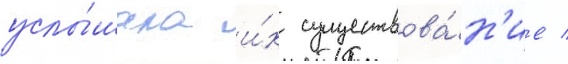
услы́шала и́х существова́н'ие /